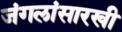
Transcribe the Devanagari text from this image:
जंगलांसारखी